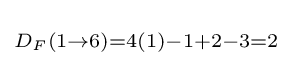
\scriptstyle D_{F}(1\rightarrow 6)=4(1)-1+2-3=2